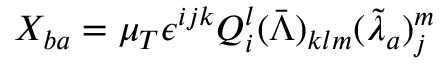
X _ { b a } = \mu _ { T } \epsilon ^ { i j k } Q _ { i } ^ { l } ( \bar { \Lambda } ) _ { k l m } ( \tilde { \lambda } _ { a } ) _ { j } ^ { m }